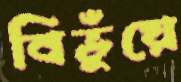
বিভুঁয়ে